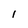
Character: l